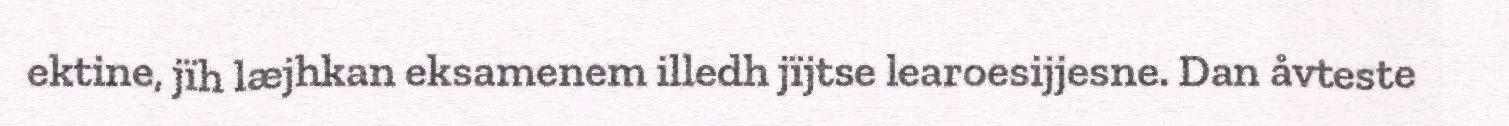
ektine, jïh læjhkan eksamenem illedh jïjtse learoesijjesne. Dan åvteste